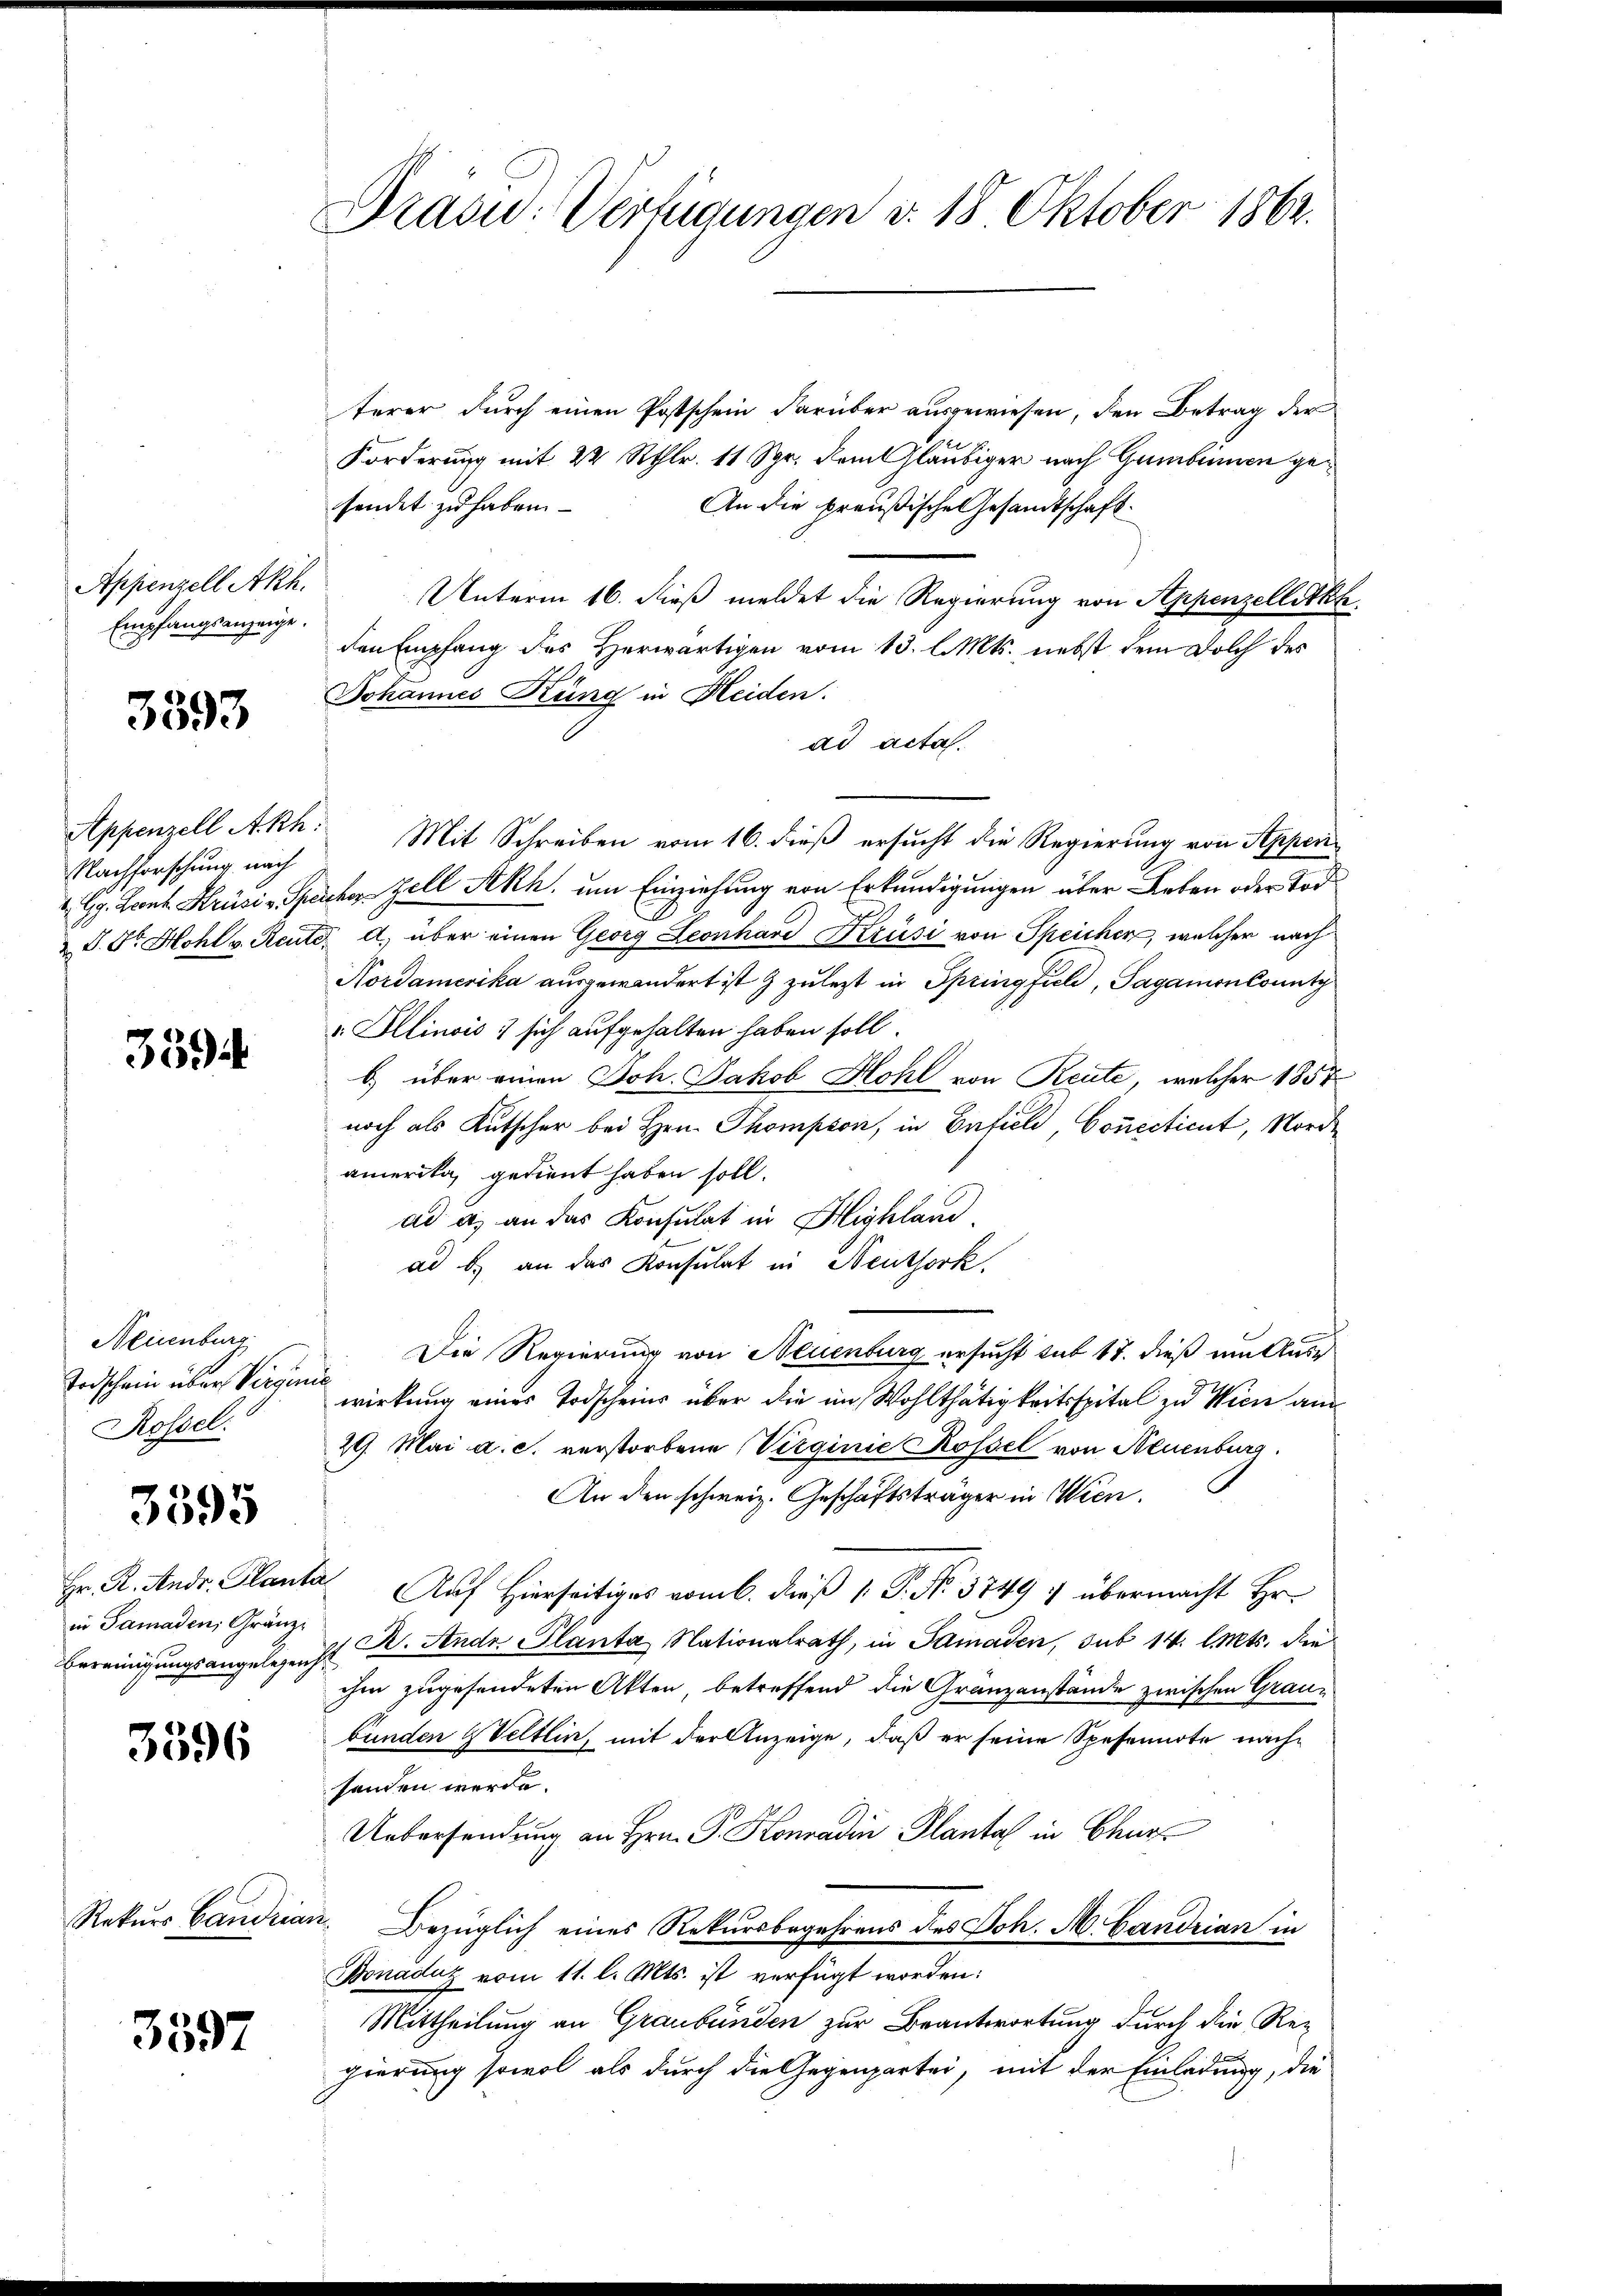
Appenzell Akh.
Empfangsanzeige.

3593

Nachforschung nach

3394

Neuenburg
Todschein über Verdin
Rossel:

3595

Hr. R. Andr. Plant
in Samaden, Gränz
Bereinigungsangelegeng

3596

Rekurs Gandria

3597

Drasu: Verfügungen d. 18. Oktober 1862.

terer durch einen Postschein darüber ausgewiesen, den Betrag der
Forderung mit 22 Rthlr. 11 Spr. dem Gläubiger nach Gumbenen gesendet zu haben
An die preußische Gesandtschaft
Unterm 16. dieß meldet die Regierung von Appenzelletth
den Empfang des Herwärtigen vom 13. l. Mts. nebst dem Dolch des
Johannes Küng in Heiden.
ad acta.
Appenzell Akh. Mit Schreiben vom 16. dieß ersucht die Regierung von Appen¬
Gg. Leonz Krüsi-Speicher Zell Akh. um Einziehung von Erkundigungen über Leben oder Tod¬
I.Dr. Hohl v. Reute, a. über einen Georg Leonhard Krüsi von Speichen, welcher nach
Kordamerika ausgewandert ist & zuletzt in Springfiel, Sagamoncounty
v. Illinois sich aufgehalten haben soll.
b.) über einen Joh. Jakob Hohl von Reute, welcher 1857
noch als Kutscher bei Hrn. Thompson, in Enfiel, Conccticut, Norde
amerika, gedient haben soll.
ad a, an das Konsulat in Highland.
ad b.) an das Konsulat in Neuthork,
Die Regierung von Neuenburg ersucht sub 17. dieß um Ausr
et
wirkung eines Todscheins über die im Wohlthätigkeitsspital zu Wien am
29. Mai a. c. verstorbene Virginie Rossel von Neuenburg.
An den schweiz. Geschäftsträger in Wien.
 Auf Hierseitiges vom 6. dieß P. P. No. 3749 & übermacht Hr.
D. Andr Planta Nationalrath, in Samaden, sub 14. l. Mts. die
s
ihm zugesendeten Akten, betreffend die Granzanstände zwischen Graubunden & Veltlin, mit der Anzeige, daß er seine Spesennote nachhanden werde.
Uebersendung an Hrn. P. Konradin Plantal in Chur
 Bezüglich eines Rekursbegehrens des Joh. A. Landrian in
Donaduz vom 11. l. Mts. ist verfügt worden:
Mittheilung an Graubünden zur Beantwortung durch die Re-
gierung sowol als durch die Gegenpartei, mit der Einladung, die